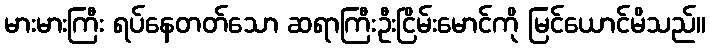
မားမားကြီး ရပ်နေတတ်သော ဆရာကြီးဦးငြိမ်းမောင်ကို မြင်ယောင်မိသည်။